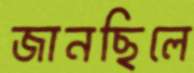
জানছিলে